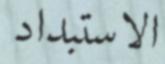
الاستبداد